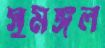
সুমঙ্গল